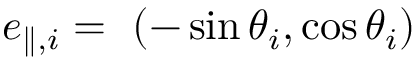
\boldsymbol { e } _ { \parallel , i } = ~ ( - \sin \theta _ { i } , \cos \theta _ { i } )